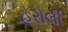
હરોલી